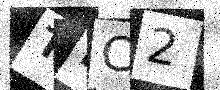
Text: TEC2